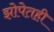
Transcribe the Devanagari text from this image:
झोपेतही